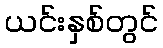
ယင်းနှစ်တွင်